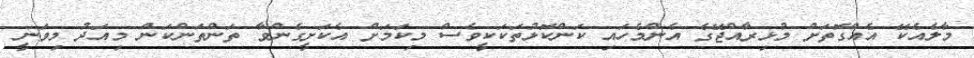
މާލެއެކޭ އެއްގޮތަށް މުޅިރާއްޖޭގެ އެންމެހައި ކަންކޮޅުތަކަކީވެސް މިކަމަށް އެކަށީގެންވާ ތަންތަންކަން މިއަދު މިވަނީ